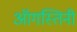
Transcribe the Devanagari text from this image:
ऑगस्तिनी